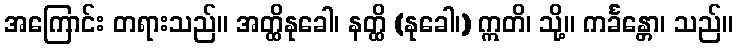
အကြောင်း တရားသည်။ အတ္ထိနုခေါ၊ နတ္ထိ (နုခေါ၊) ဣတိ၊ သို့။ ကင်္ခန္တော၊ သည်။